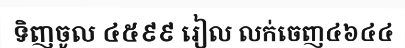
ទិញចូល ៤៥៩៩ រៀល លក់ចេញ៤៦៤៤